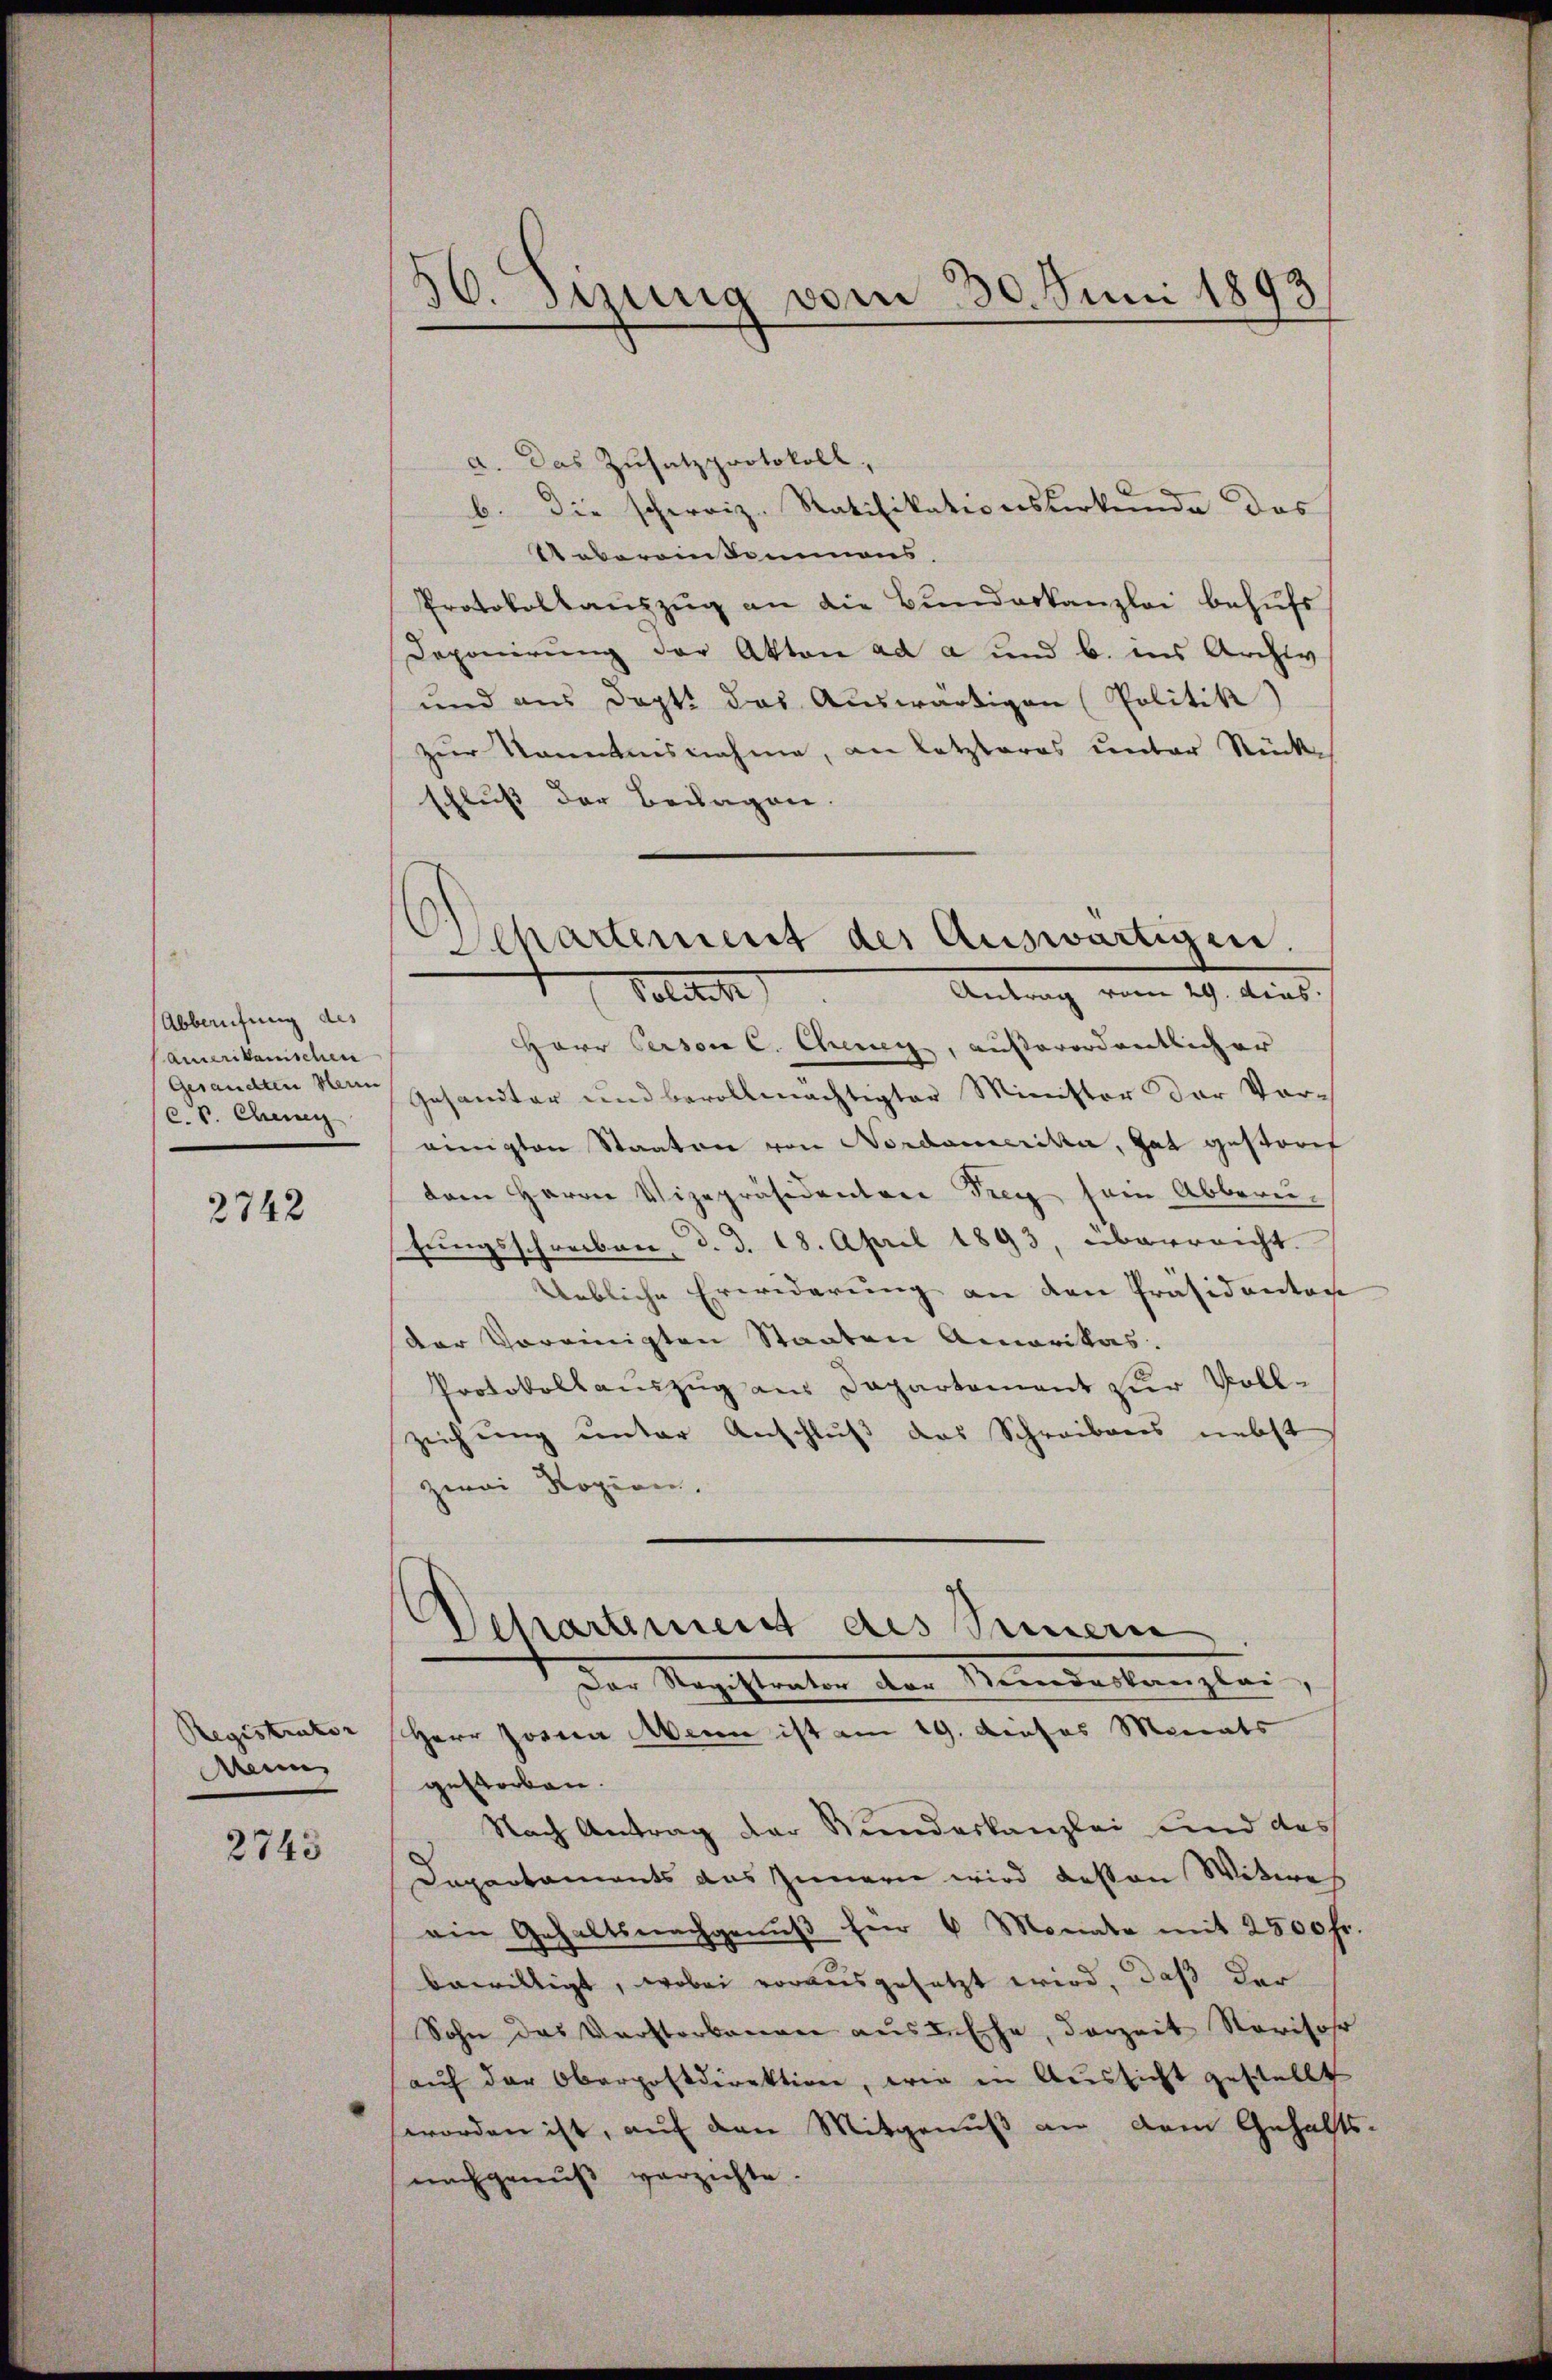
Abberufung des
Amerikanischen
c. v. Chenen

2742

Registrator
Menn

2743

56. Sizung vom 30. Juni 1893

a. Das Zusatzprotokoll,
b. Die schweiz. Ratifikationsverkunde des
Uebereinkammens.
Protokollaŭszŭg an die Bundeskanzlei behufs
Deponirung der Akten ad a und b. ins Archiv
und aus Doptt das Auswärtigen (Politik)
zur Kenntnisnahme, an letzteres unter Rückschluß der Beilagen.
Antrag vom 29. dies
Politik
Herr Person C. Chenen, außerordentlicher
Gesandten Man gesandter und bevollmächtigter Minister der Vor-
einigten Staaten von Nordamerika, hat gestorf
dem Herrn Vizepräsidenten Frey sein Abberus
fungsschreiben, d. d. 18. April 1893, überreicht.
Uebliche Erwiderung an den Präsidenton
der Vereinigten Staaten Amerikas.
Protokollauszug aus Dapartement zur Voll-
zeichung unter Anschluß das Schreibens nebst
zwei Roziren.
Dehartement des Sennern
der Machteten der Norderlangte.
Herr Josia Wenn ist am 19. dieses Monats
gestorben.
Nach Antrag der Bundeskanzlei und des
Dapartaments aus Zinnern wird dessen Witwe
ein Gehaltsnachgenŭβ für 6 Monate mit 2500 Fr.
bewilligt, wobei vorausgesetzt wird, daß der
Sohn das Verstorbenen aus Ehe, derzeit Norischr
aŭf der Oberpostdirektion, wie in Aussicht gestellt
worden ist, auf den Mitgenuß an dem Gehalts-
nachgenuß verzichte.

Ahartement der Auswärtigen.